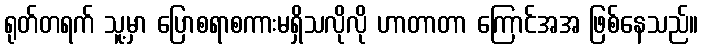
ရုတ်တရက် သူ့မှာ ပြောစရာစကားမရှိသလိုလို ဟာတာတာ ကြောင်အအ ဖြစ်နေသည်။